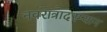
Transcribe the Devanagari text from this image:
नवरात्रादरम्यान